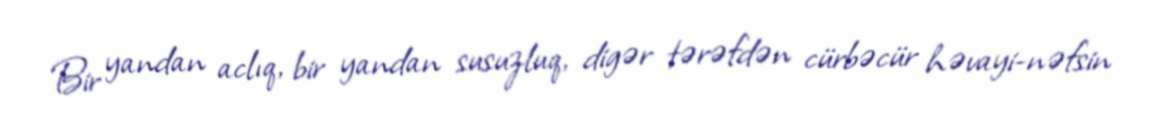
Bir yandan aclıq, bir yandan susuzluq, digər tərəfdən cürbəcür həvayi-nəfsin